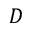
D